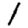
Digit: 1